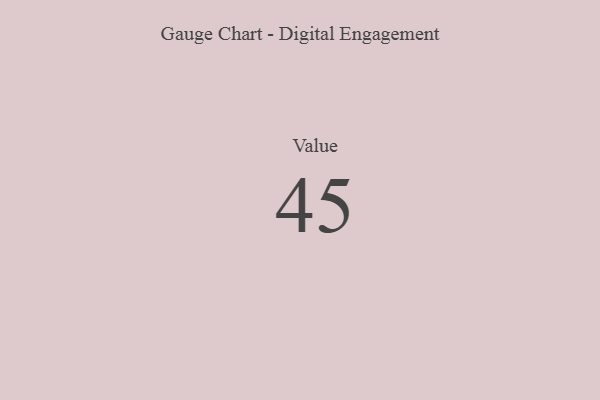
{"axis": {"x": "Metric", "y": "Value"}, "legend": [""], "data": [{"x": "Value", "y": 45, "type": ""}]}